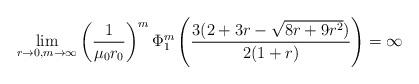
LaTeX: \begin{align*}\lim_{r \to 0,m \to \infty} \left(\frac{1}{\mu_{0}r_{0}}\right)^{m}\Phi^{m}_{1}\left(\frac{3(2+3r-\sqrt{8r+9r^{2}})}{2(1+r)}\right)= \infty\end{align*}